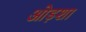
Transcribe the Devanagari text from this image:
ओड़शा